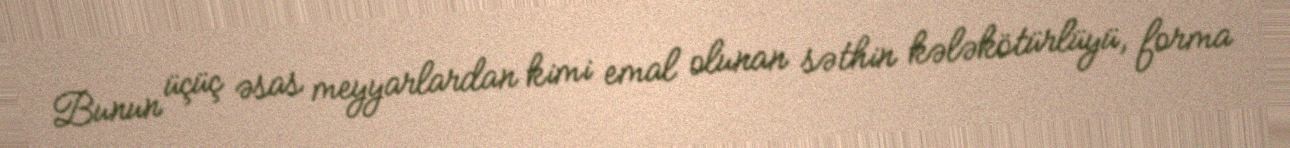
Bunun üçüç əsas meyyarlardan kimi emal olunan səthin kələkötürlüyü, forma